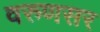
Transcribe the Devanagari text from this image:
वरुणसर